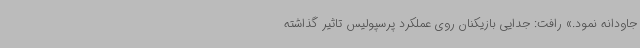
جاودانه نمود.» رافت: جدایی بازیکنان روی عملکرد پرسپولیس تاثیر گذاشته